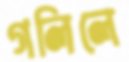
গলিলে